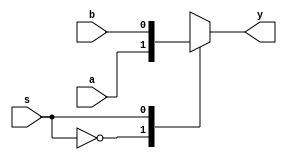
module mux2x1_beh(a,b,s,y);
  input a,b,s;
  output reg y;
  always@*
  case(s)
  1'b0:y=a;
  1'b1:y=b;
  endcase  
endmodule